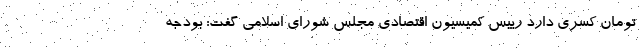
تومان کسری دارد رییس کمیسیون اقتصادی مجلس شورای اسلامی گفت: بودجه